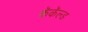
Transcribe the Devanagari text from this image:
कॅकॅल्ड